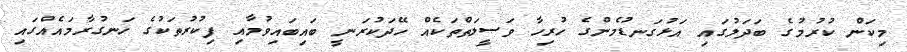
މިކަން ކުރުމުގެ ބަދަލުގައި އަޅުގަނޑުމެންގެ ހުރިހާ ވަސީލަތްތަކެއް ހޭދަކުރަނީ ބައިބައިވުމާއި ފިކުރުތަކުގެ ހަނގުރާމައެއްގައި